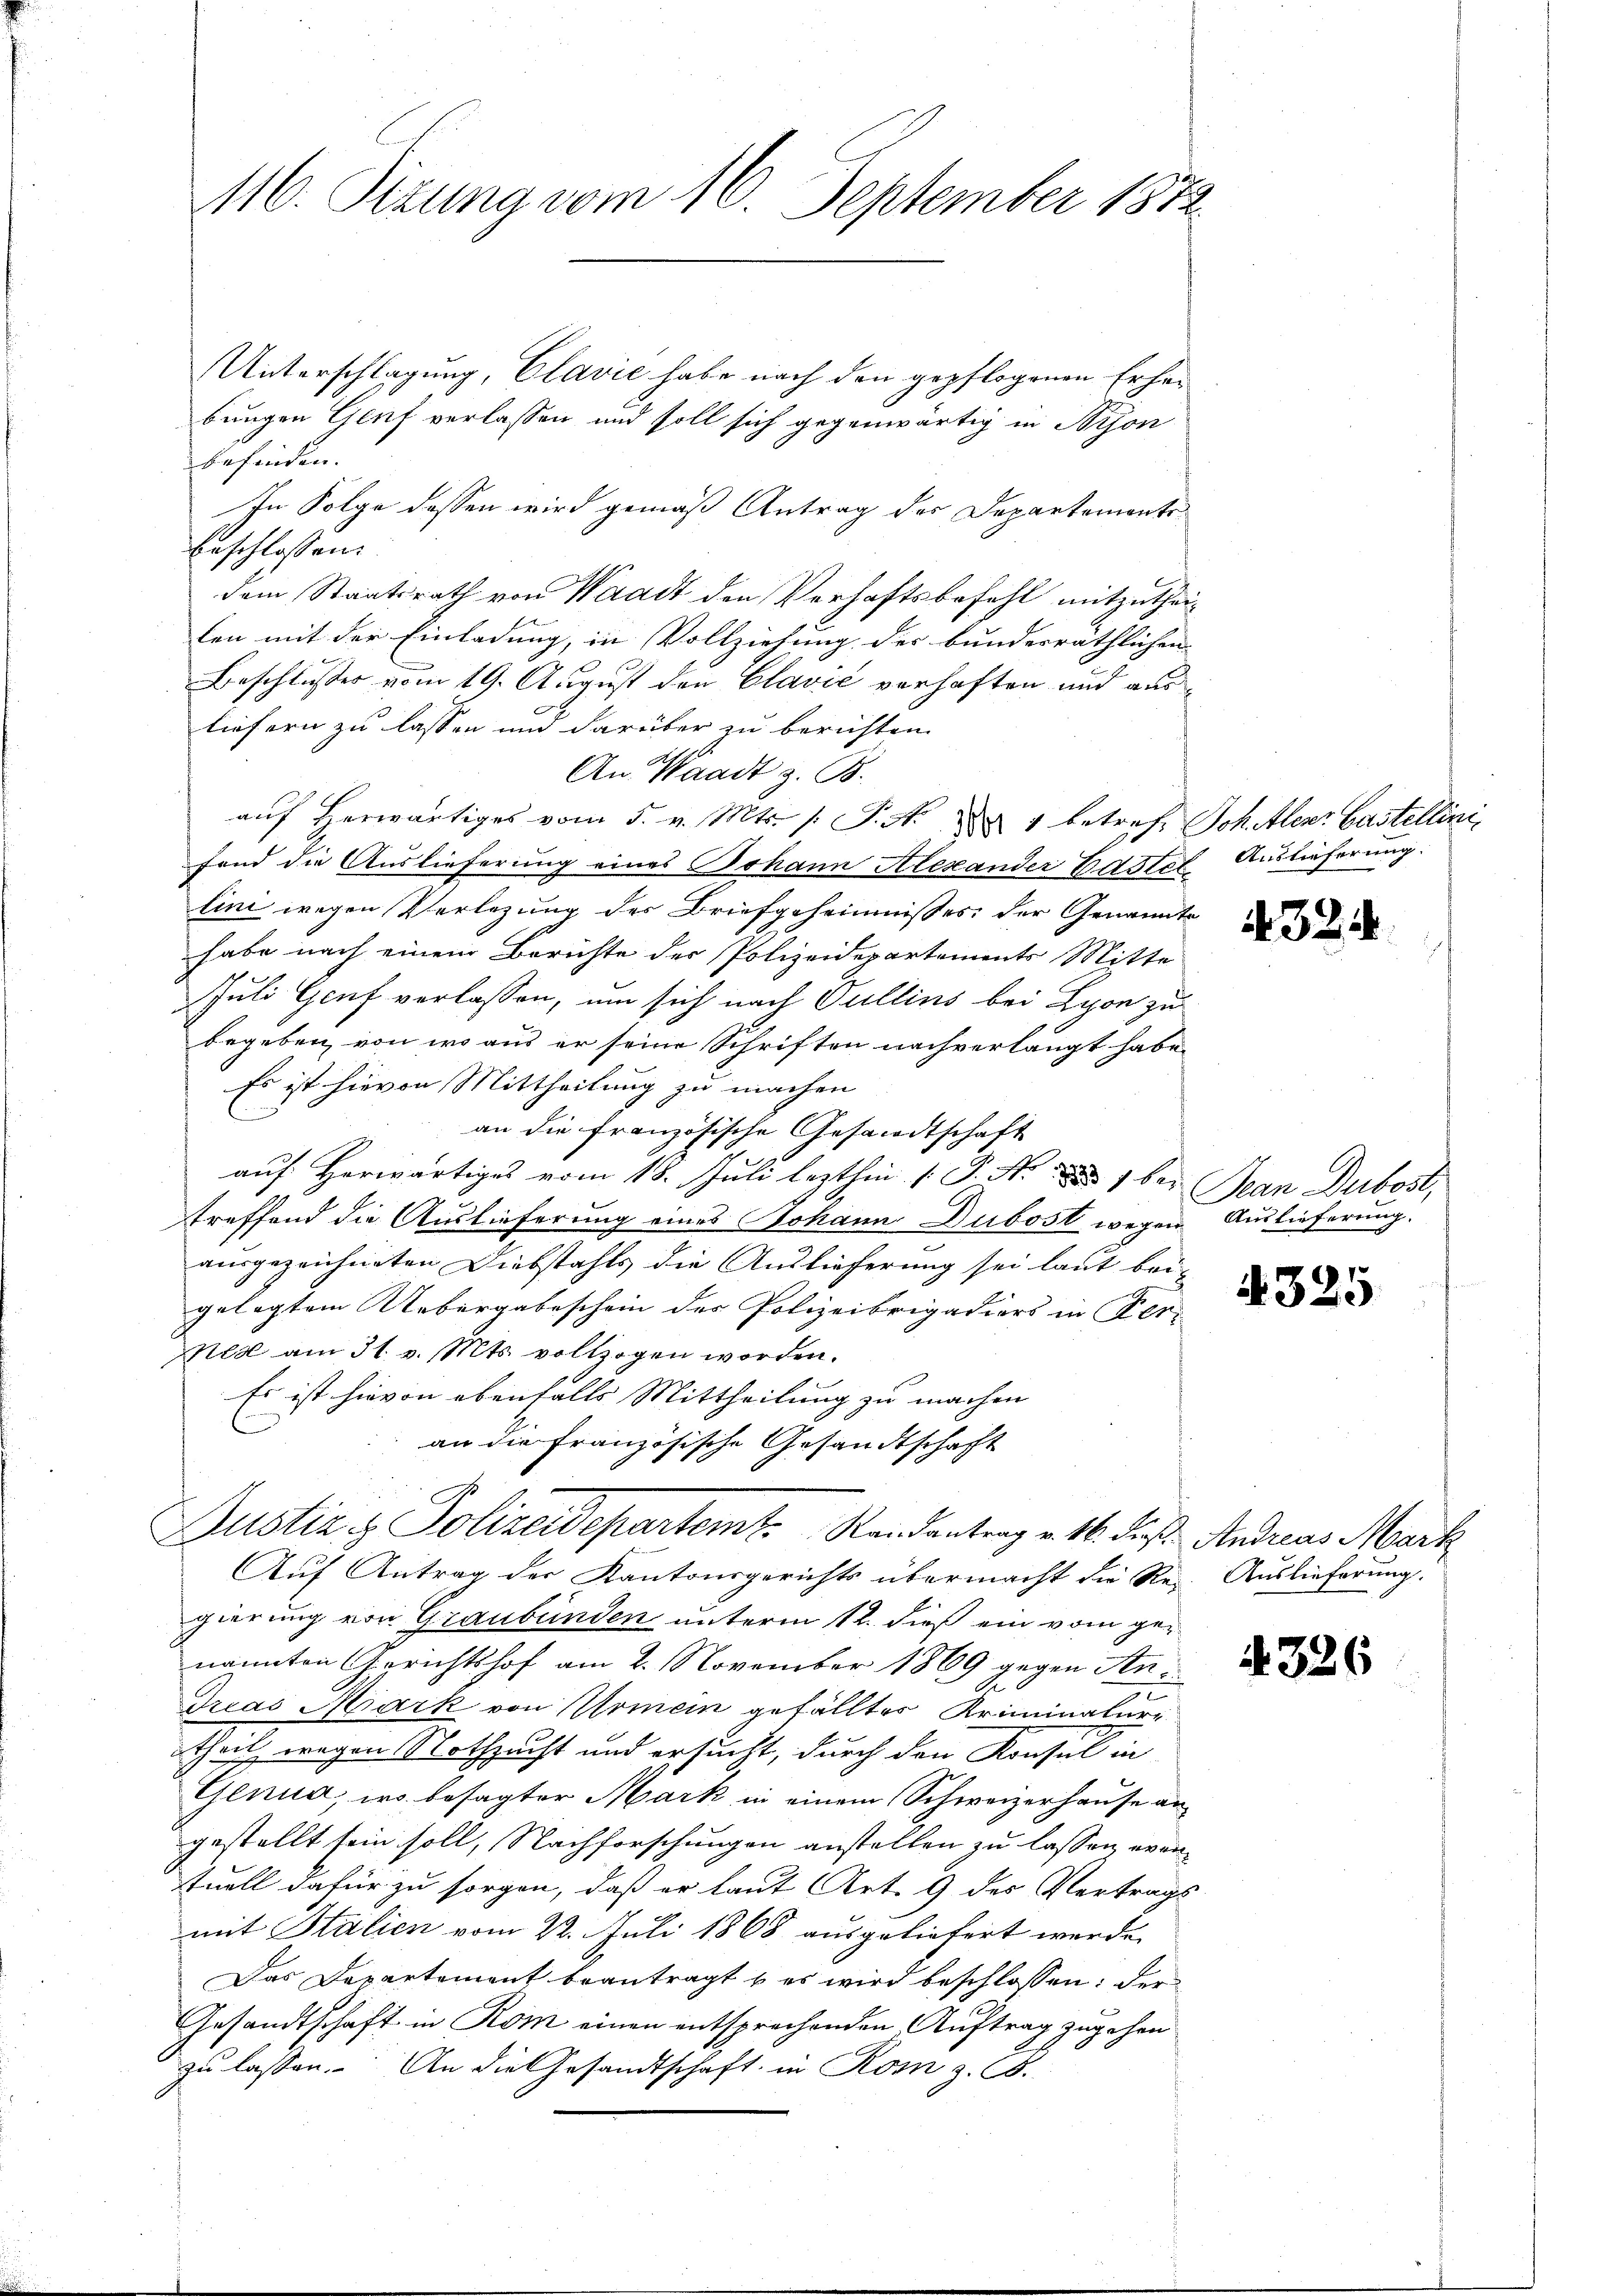
116. Sizung vom 16. September 1872

Unterschlagung, Clavie habe nach den gepflogenen Erhebungen Genf verlassen und soll sich gegenwärtig in Bijon
befinden.
In Folge dessen wird gemäß Antrag des Departemente
beschlossen:
dem Staatsrath von Waadt den Verhaftsbefehl mitzutheilen mit der Einladung, in Vollziehung des bundesräthlichen
Beschlusses vom 19. August den Clavić verhaften und ausliefern zu lassen und darüber zu berichten.
An Waadt z. B.
aŭf herwärtiges vom 5. v. Mts. /: P. N. 11 betref Schalent Castellini
fond die Auslieferung eines Johann Alexander Elster Auslieferung.
lini wegen Verlegung des Briefgeheimnisses der Genannte
habe nach einem Berichte der Polizeidepartements Mitte
Juli Genf verlassen, um sich nach Gullins bei Lyon zu
begeben, von wo aus er seine Schriften nachverlangt habe.
Es ist hievon Mittheilung zu machen
an die Französische Gesandtschaft
auf Horwärtiges vom 18. Juli lezthin [P. Nr. 1 be-
treffend die Auslieferung eines Johann Dubost wegen Auslieferung.
ausgezeichneten Diebstahls die Auslieferung sei laut bei
gelegtem Uebergabeschein der Polizeibrigadiers in Ver-
Ned am 31. v. Mts. vollzogen worden.
Es ist hievon ebenfalls Mittheilung zu machen
an die Französische Gesandtschaft
Justiz & Polizeidepartemt. Randantrag v. 16. dieß. Andreas Mart
Auf Antrag der Kantonsgerichts übermacht die Re-Auslieferung.
gierung von Graubünden unterm 12. dieß ein vom genannten Gerichtshof am 2. November 1869 gegen Ane
dreas Mark von Armein gefälltes Kriminalure
theil wegen Nothzucht und ersucht, durch den Konsul in
Genua, wo besagter Mark in einem Schweizerhause an
gestellt sein soll, Nachforschungen anstellen zu lassen, wentuell dafür zu sorgen, daß er laut Art. 9 des Vertrags
mit Stalien vom 22. Juli 1868 ausgeliefert werde.
Das Departement beantragt & es wird beschlossen: der
Gesandtschaft in Rom einen entsprechenden Auftrag zugehen
 zu lassen. An die Gesandtschaft in Rom z. B.

4324

Jean Dubost,

4325.

4326